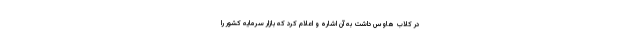
در کلاب هاوس داشت به آن اشاره و اعلام کرد که بازار سرمایه کشور را